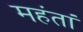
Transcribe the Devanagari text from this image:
महंतां